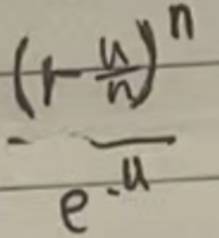
\[
\frac{\left(1 - \frac{u}{n}\right)^n}{e^{-u}}
\]